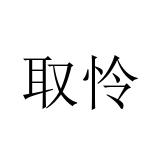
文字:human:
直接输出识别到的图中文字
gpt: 取怜